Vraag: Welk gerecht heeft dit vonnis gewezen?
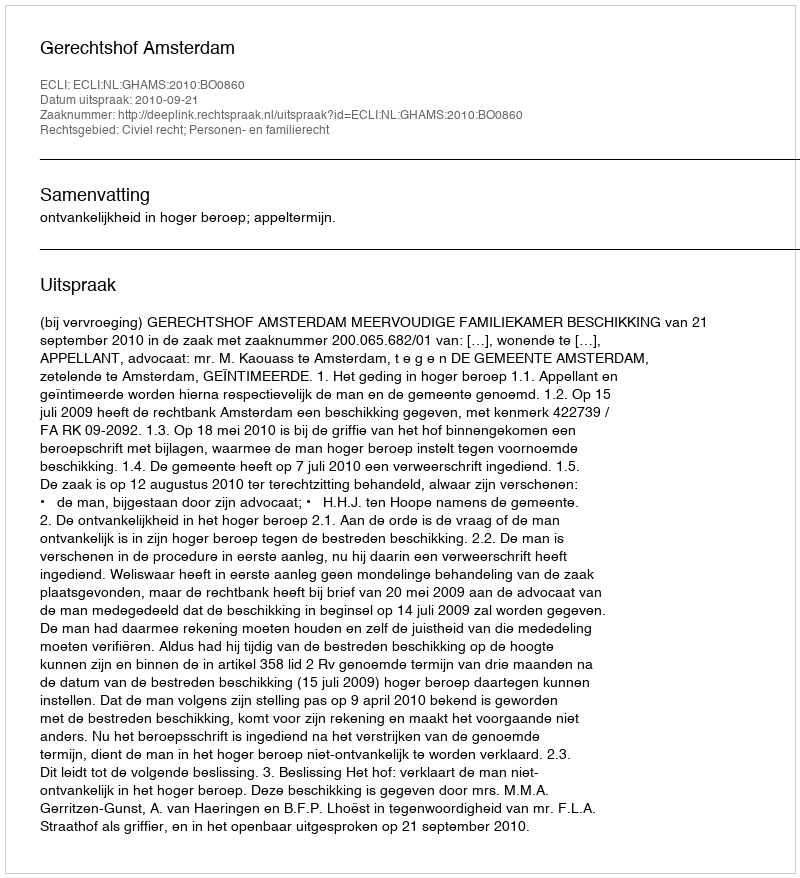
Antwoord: Gerechtshof Amsterdam